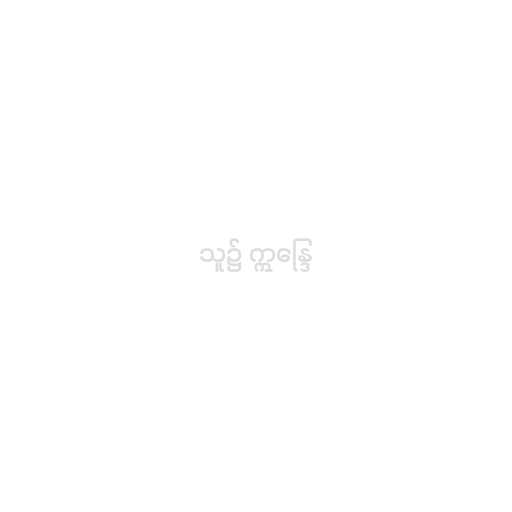
သူ၌ ဣန္ဒြေ